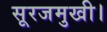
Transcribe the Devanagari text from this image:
सूरजमुखी।